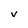
Character: V